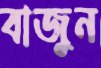
বাজুন